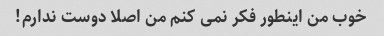
خوب من اینطور فکر نمی کنم من اصلا دوست ندارم!